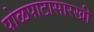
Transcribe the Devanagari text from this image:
पोळपाटासारखी